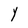
Character: Y